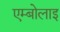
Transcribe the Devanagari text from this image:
एम्बोलाइ